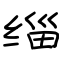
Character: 缁